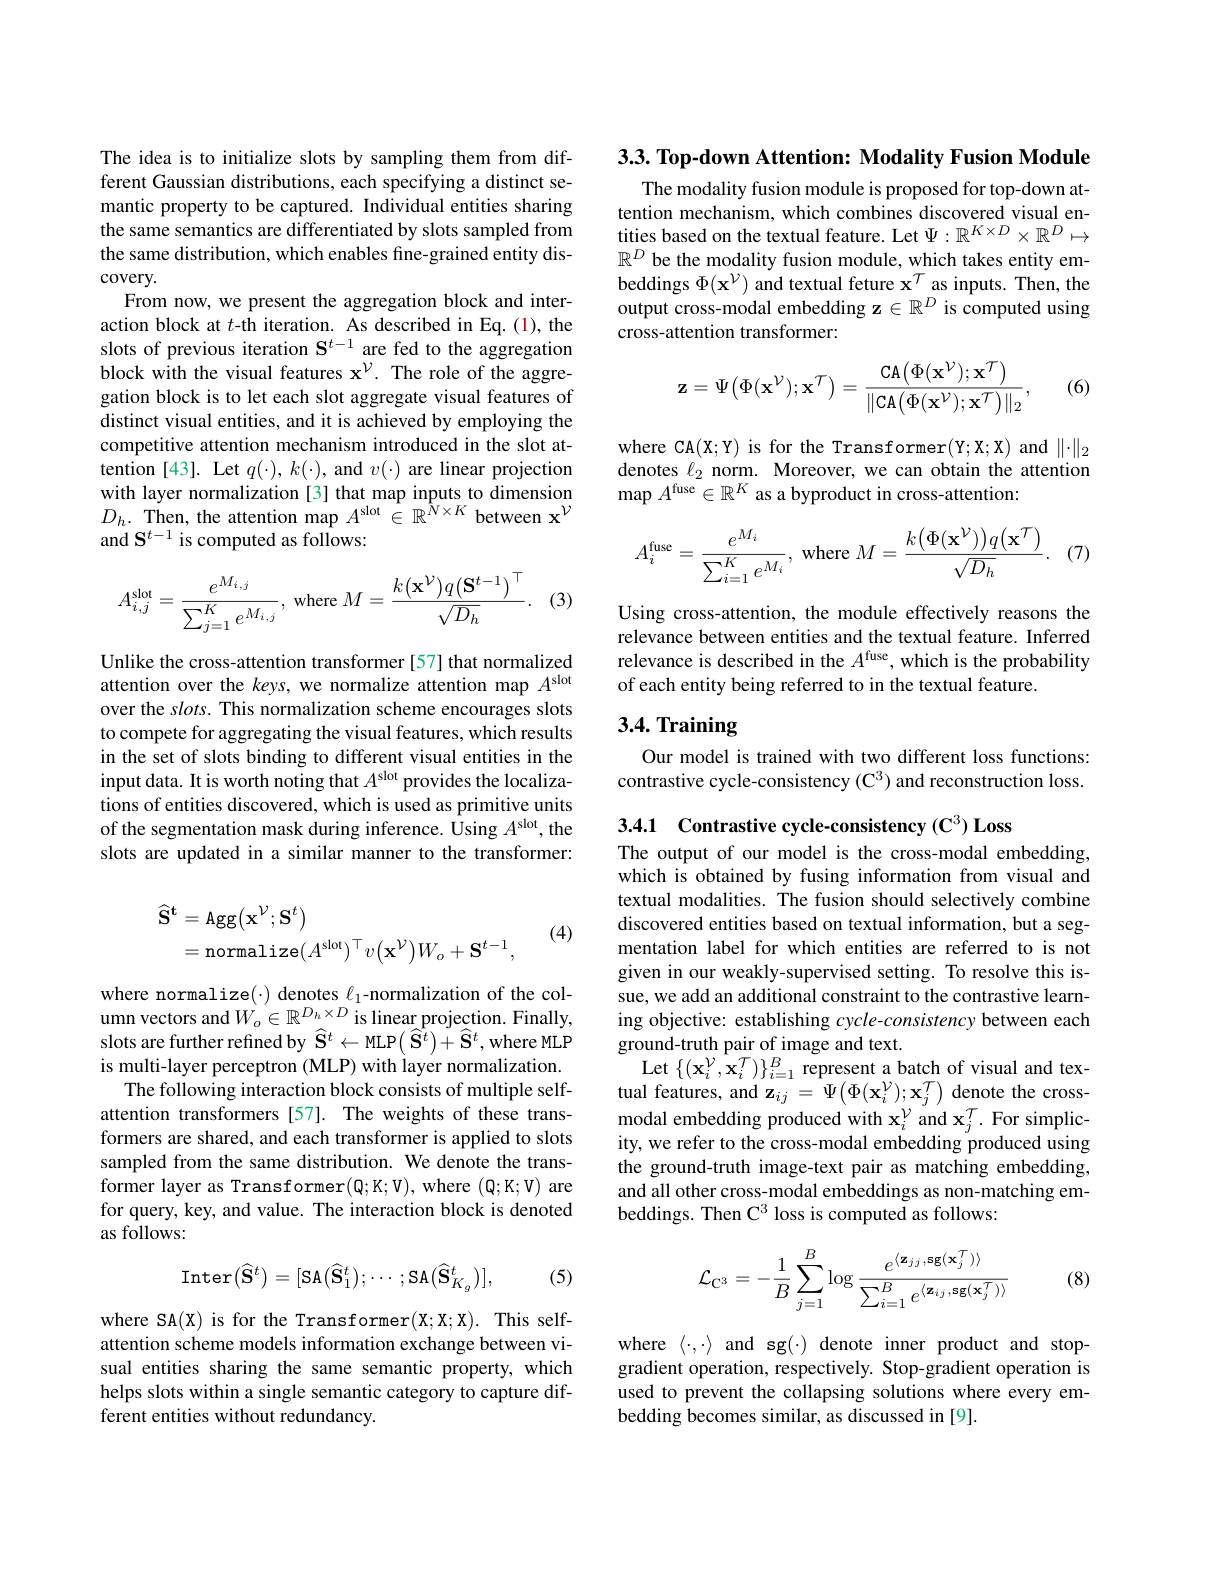
The idea is to initialize slots by sampling them from different Gaussian distributions, each specifying a distinct semantic property to be captured. Individual entities sharing the same semantics are differentiated by slots sampled from the same distribution, which enables fine-grained entity discovery.
From now, we present the aggregation block and interaction block at $t$-th iteration. As described in Eq.(1), the slots of previous iteration $\mathbf{S}^{t-1}$ are fed to the aggregation block with the visual features x$^{\nu}.$ The role of the aggregation block is to let each slot aggregate visual features of distinct visual entities, and it is achieved by employing the competitive attention mechanism introduced in the slot attention [43]. Let $q(\cdot),k(\cdot)$, and $v(\cdot)$ are linear projection with layer normalization [3] that map inputs to dimension $D_{h}.$ Then, the attention map $A^\mathrm{slot}\in\mathbb{R}^{N\times K}$ between x$^{\mathcal{V}}$ and $\mathbf{S}^{t-1}$ is computed as follows:
$$A_{i,j}^{\mathrm{slot}}=\frac{e^{M_{i,j}}}{\sum_{j=1}^{K}e^{M_{i,j}}},\:\mathrm{where}\:M=\frac{k(\mathbf{x}^{\mathcal{V}})q(\mathbf{S}^{t-1})^{\top}}{\sqrt{D_{h}}}.$$
(3)

Unlike the cross-attention transformer [57] that normalized attention over the $keys$, we normalize attention map $A^\mathrm{slot}$ over the slots. This normalization scheme encourages slots to compete for aggregating the visual features, which results in the set of slots binding to different visual entities in the input data. It is worth noting that $A^\mathrm{slot}$ provides the localizations of entities discovered, which is used as primitive units of the segmentation mask during inference. Using $A^\mathrm{slot}$, the slots are updated in a similar manner to the transformer:
$$\begin{aligned}\widehat{\mathbf{S}}^{\mathbf{t}}&=\mathrm{Agg}\big(\mathbf{x}^{\mathcal{V}};\mathbf{S}^{t}\big)\\&=\mathrm{normalize}(A^{\mathrm{slot}})^{\top}v\big(\mathbf{x}^{\mathcal{V}}\big)W_{o}+\mathbf{S}^{t-1},\end{aligned}$$
(4)

where normalize( ) denotes $\ell _{1}$- normalization of the col- umn vectors and$W_{o}\in \mathbb{R} ^{D_{h}\times D}$ is linear projection. Finally, slots are further refined by $\widehat{\mathbf{S}}^{t}\leftarrow$MLP$\left(\widehat{\mathbf{S}}^{t}\right)+\widehat{\mathbf{S}}^{t}$,where MLP is multi-layer perceptron (MLP) with layer normalization.
The following interaction block consists of multiple selfattention transformers [57]. The weights of these transformers are shared, and each transformer is applied to slots sampled from the same distribution. We denote the transformer layer as Transformer$(\mathbb{Q};\mathbb{K};\mathbb{V})$,where $(\mathbb{Q};\mathbb{K};\mathbb{V})$ are for query, key, and value. The interaction block is denoted as follows:
$$\mathrm{Inter}(\widehat{\mathbf{S}}^{t})=[\mathrm{SA}(\widehat{\mathbf{S}}_{1}^{t});\cdots;\mathrm{SA}(\widehat{\mathbf{S}}_{K_{g}}^{t})],$$
(5)

where SA(X) is for the Transformer(X;X;X). This selfattention scheme models information exchange between visual entities sharing the same semantic property, which helps slots within a single semantic category to capture different entities without redundancy.

3.3. Top-down Attention: Modality Fusion Module

The modality fusion module is proposed for top-down attention mechanism, which combines discovered visual entities based on the textual feature. Let $\Psi:\mathbb{R}^K\times D\times\mathbb{R}^D\mapsto$ $\mathbb{R}^D$ be the modality fusion module, which takes entity embeddings $\Phi(\mathbf{x}^{\mathcal{V}})$ and textual feture $\mathbf{x}^{\mathcal{T}}$ as inputs. Then, the output cross-modal embedding z $\in\mathbb{R}^D$ is computed using cross-attention transformer:
$$\mathbf{z}=\Psi\big(\Phi(\mathbf{x}^{\mathcal{V}});\mathbf{x}^{\mathcal{T}}\big)=\frac{\mathsf{CA}\big(\Phi(\mathbf{x}^{\mathcal{V}});\mathbf{x}^{\mathcal{T}}\big)}{\|\mathsf{CA}\big(\Phi(\mathbf{x}^{\mathcal{V}});\mathbf{x}^{\mathcal{T}}\big)\|_{2}},$$
(6)

where CA(X;Y) is for the Transformer(Y;X;X) and $\|\cdot\|_2$ denotes $\ell_2$ norm. Moreover, we can obtain the attention $\operatorname*{map}A^{\mathrm{fuse}}\in\mathbb{R}^K$ as a byproduct in cross-attention:

(7)
$$A_i^{\text{fuse}}=\frac{e^{M_i}}{\sum_{i=1}^Ke^{M_i}},\text{where}M=\frac{k\big(\Phi(\mathbf{x}^{\nu})\big)q\big(\mathbf{x}^{\mathcal{T}}\big)}{\sqrt{D_h}}.$$
Using cross-attention, the module effectively reasons the relevance between entities and the textual feature. Inferred relevance is described in the $A^\mathrm{fuse}$, which is the probability of each entity being referred to in the textual feature.

# 3.4. Training

Our model is trained with two different loss functions: contrastive cycle-consistency (C$^3$) and reconstruction loss.

The output of our model is the cross-modal embedding, which is obtained by fusing information from visual and textual modalities. The fusion should selectively combine discovered entities based on textual information, but a segmentation label for which entities are referred to is not given in our weakly-supervised setting. To resolve this issue, we add an additional constraint to the contrastive learning objective: establishing $cycle-consistency$ between each ground-truth pair of image and text.
Let$\{(\mathbf{x}_{i}^{\mathcal{V}},\mathbf{x}_{i}^{\mathcal{T}})\}_{i=1}^{B}$represent a batch of visual and textual features, and $\mathbf{z}_{ij}=\Psi\left(\Phi(\mathbf{x}_{i}^{\mathcal{V}});\mathbf{x}_{j}^{\mathcal{T}}\right)$ denote the cross- $\mathrm{modal~embedding~produced~with~x}_{i}^{\mathcal{V}}$and $\mathbf{x}_j^{\mathcal{T}}.$For simplicity, we refer to the cross-modal embedding produced using the ground-truth image-text pair as matching embedding, and all other cross-modal embeddings as non-matching embeddings. Then C$^3$ loss is computed as follows:
$$\mathcal{L}_{\mathrm C^3}=-\frac{1}{B}\sum_{j=1}^{B}\log\frac{e^{\langle\mathbf z_{jj},\mathrm sg(\mathbf x_j^T)\rangle}}{\sum_{i=1}^{B}e^{\langle\mathbf z_{ij},\mathrm sg(\mathbf x_j^T)\rangle}}$$
(8)

where $\langle\cdot,\cdot\rangle$ and sg(-) denote inner product and stopgradient operation, respectively. Stop-gradient operation is used to prevent the collapsing solutions where every embedding becomes similar, as discussed in [9].